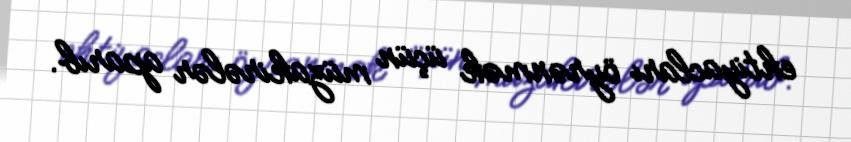
ehtiyacları öyrənmək üçün müzakirələr aparıb.